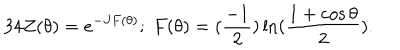
3 4 Z ( \theta ) = e ^ { - J F ( \theta ) } ; \; F ( \theta ) = ( \frac { - 1 } { 2 } ) \ln ( \frac { 1 + \cos \theta } { 2 } ) .